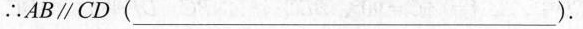
∴ AB∥CD(___)。